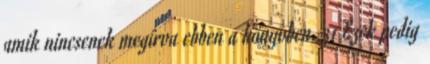
amik nincsenek megírva ebben a könyvben. 31 Ezek pedig